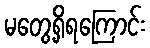
မတွေ့ရှိရကြောင်း